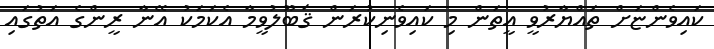
ކައިވެންޏަށް ތައްޔާރުވީ އީތަން މި ކައިވެނިކުރަން ޤަބޫލުވީމާ އެކަމަކު އޭނާ ރީންގެ އަތުގައި